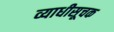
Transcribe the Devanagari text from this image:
व्याधीसूचक